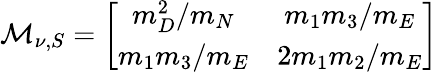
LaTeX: {\cal M}_{\nu,S}=\left[\begin{array}{cc}{{m_{D}^{2}/m_{N}}}&{{m_{1}m_{3}/m_{E}}}\\ {{m_{1}m_{3}/m_{E}}}&{{2m_{1}m_{2}/m_{E}}}\end{array}\right]